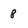
Character: 8